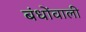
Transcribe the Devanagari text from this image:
बंधोंवाली